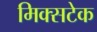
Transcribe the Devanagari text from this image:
मिक्सटेक